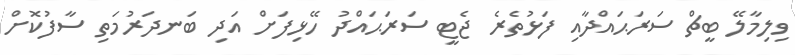
ވިލިމާލޭ ބީޗް ސަރަޙައްދާއި ފަޅުތެރެ ޖެޓީ ސަރަޙައްދު ހޭޅިފަށް އަދި ބަނދަރުމަތި ސާފުކޮށް